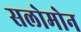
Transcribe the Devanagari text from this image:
सलोमोन